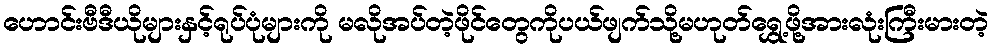
ဟောင်းဗီဒီယိုများနှင့်ရုပ်ပုံများကို မလိုအပ်တဲ့ဖိုင်တွေကိုပယ်ဖျက်သို့မဟုတ်ရွှေ့ဖို့အားလုံးကြီးမားတဲ့